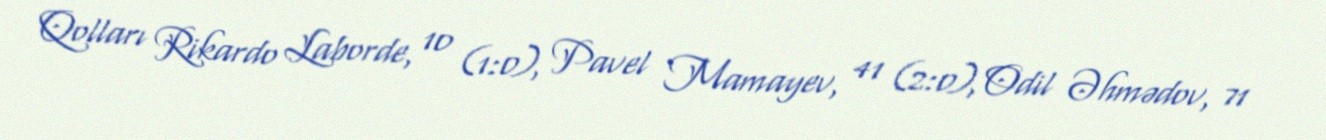
Qolları Rikardo Laborde, 10 (1:0), Pavel Mamayev, 41 (2:0), Odil Əhmədov, 71